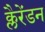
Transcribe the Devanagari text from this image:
क्लैरेंडन